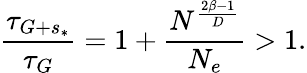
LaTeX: \frac{\tau_{G+s_{*}}}{\tau_{G}}=1+\frac{N^{\frac{2\beta-1}{D}}}{{N}_{e}}>1.